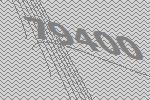
79400